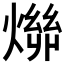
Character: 𬋄